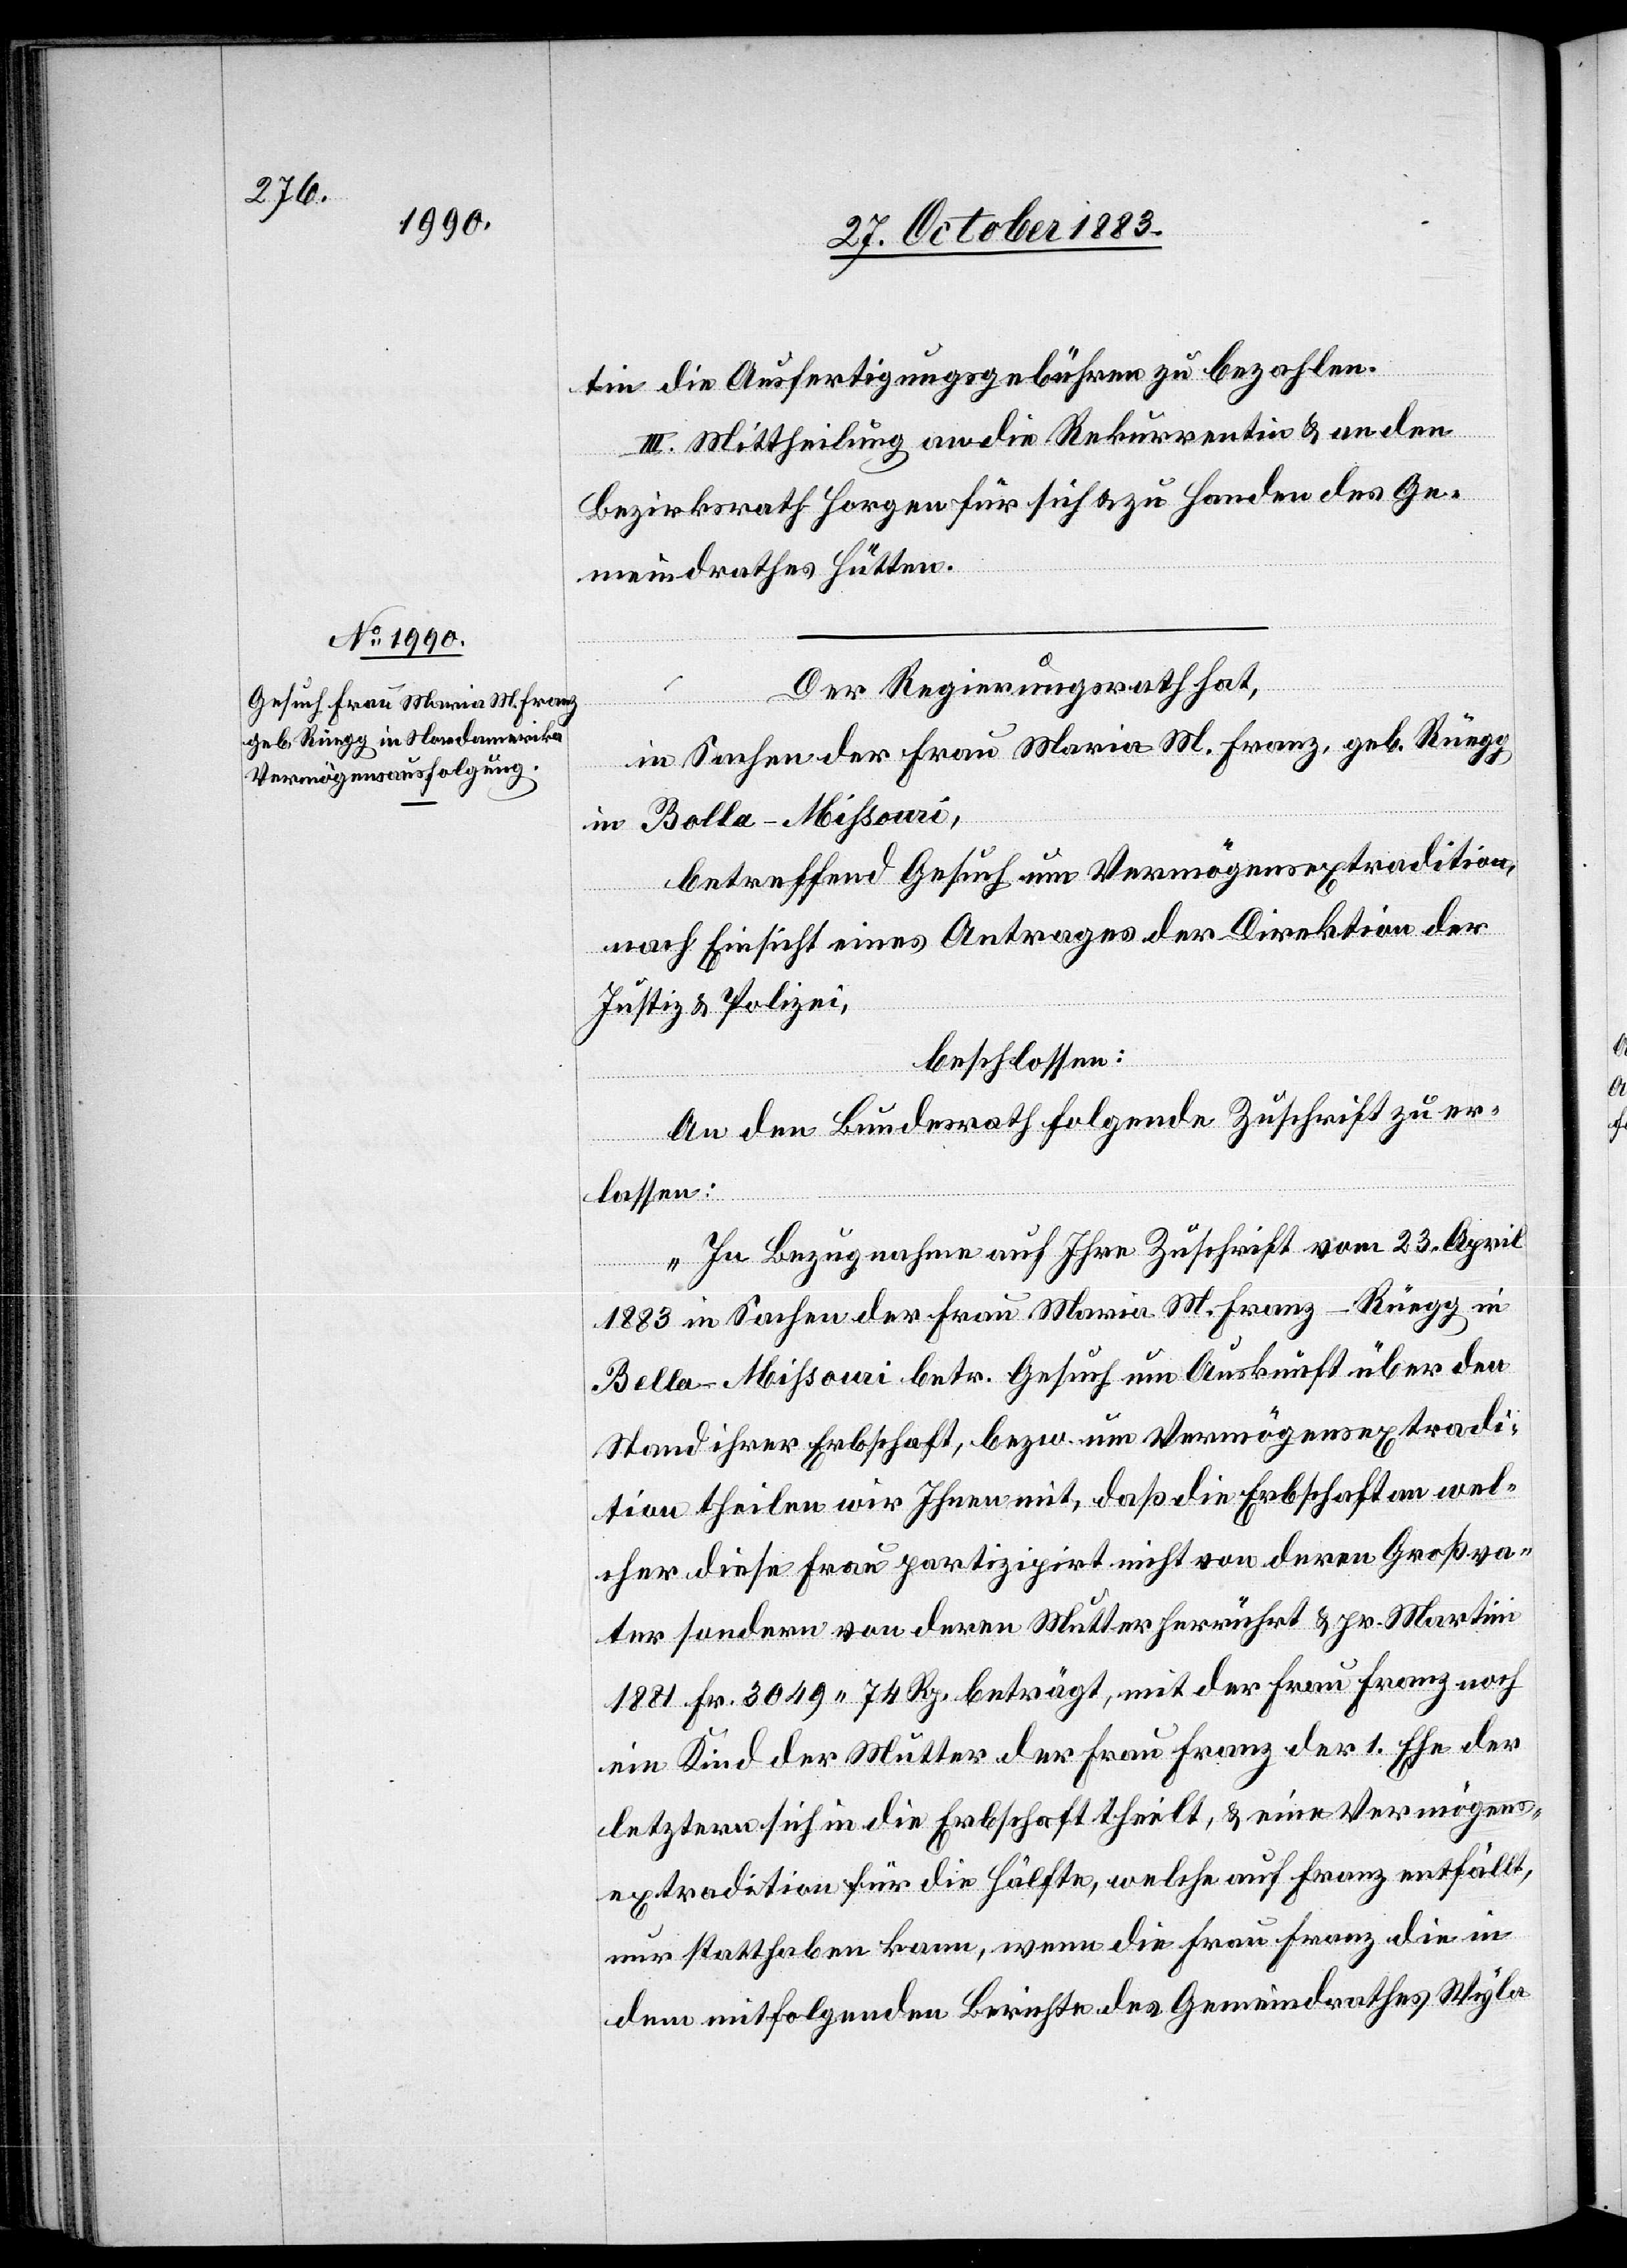
tin die Ausfertigungsgebühren zu bezahlen.
III. Mittheilung an die Rekurrentin & an den
Bezirksrath Horgen für sich & zu Handen des Ge¬
meindrahtes Hütten.
Der Regierungsrath hat,
in Sachen der Frau Maria M. franz, geb. Rüegg
in Bolla - Mißouri,
betreffend Gesuch um Vermögensextradition,
nach Einsicht eines Antrages der Direktion der
Justiz & Polizei,
beschlossen:
An den Bundesrath folgende Zuschrift zu er¬
lassen:
„In Bezugnahme auf Ihre Zuschrift vom 23. April
1883 in Sachen der Frau Maria M. Franz-Rüegg in
Bella [sic!] - Mißouri betr. Gesuch um Auskunft über den
Stand ihrer Erbschaft, bezw. um Vermögensextradi¬
tion theilen wir Ihnen mit, daß die Erbschaften wel¬
cher die Frau partizipirt nicht von deren Großva¬
ter sondern von deren Mutter herrührt & pr. Martini
1881 Fr. 3049 74 Rp. beträgt, mit der Frau Franz noch
ein Kind der Mutter der Frau Franz der 1. Ehe der
letztern sich in die Erbschaft theilt, & eine Vermögens¬
extradition für die Hälfte, welche auf Franz entfällt,
nur statthaben kann, wenn die Frau Franz die in
dem mitfolgenden Berichte des Gemeindrathes Wyla